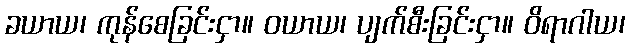
ခယာယ၊ ကုန်စေခြင်းငှာ။ ဝယာယ၊ ပျက်စီးခြင်းငှာ။ ဝိရာဂါယ၊